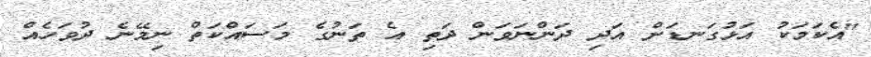
"އެކަމަކު އަޅުގަނޑަށް އަދި ދަންނަވަން ދަތި އެ ތަނުގެ މަސައްކަތް ނިމޭނެ ދުވަހެއް